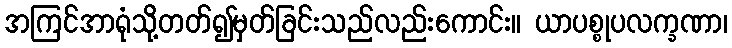
အကြင်အာရုံသို့တတ်၍မှတ်ခြင်းသည်လည်းကောင်း။ ယာပစ္စုပလက္ခဏာ၊